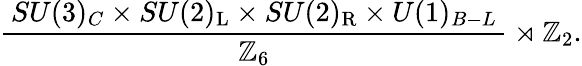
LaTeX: {\frac{\, SU(3)_{C}\times SU(2)_{\mathrm{{L}}}\times SU(2)_{\mathrm{{R}}}\times U(1)_{B-L}\, }{\mathbb{Z}_{6}}}\rtimes\mathbb{Z}_{2}.